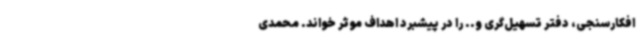
افکارسنجی، دفتر تسهیل‌گری و.. را در پیشبرد اهداف موثر خواند. محمدی